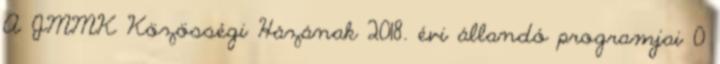
A JMMK Közösségi Házának 2018. évi állandó programjai 0